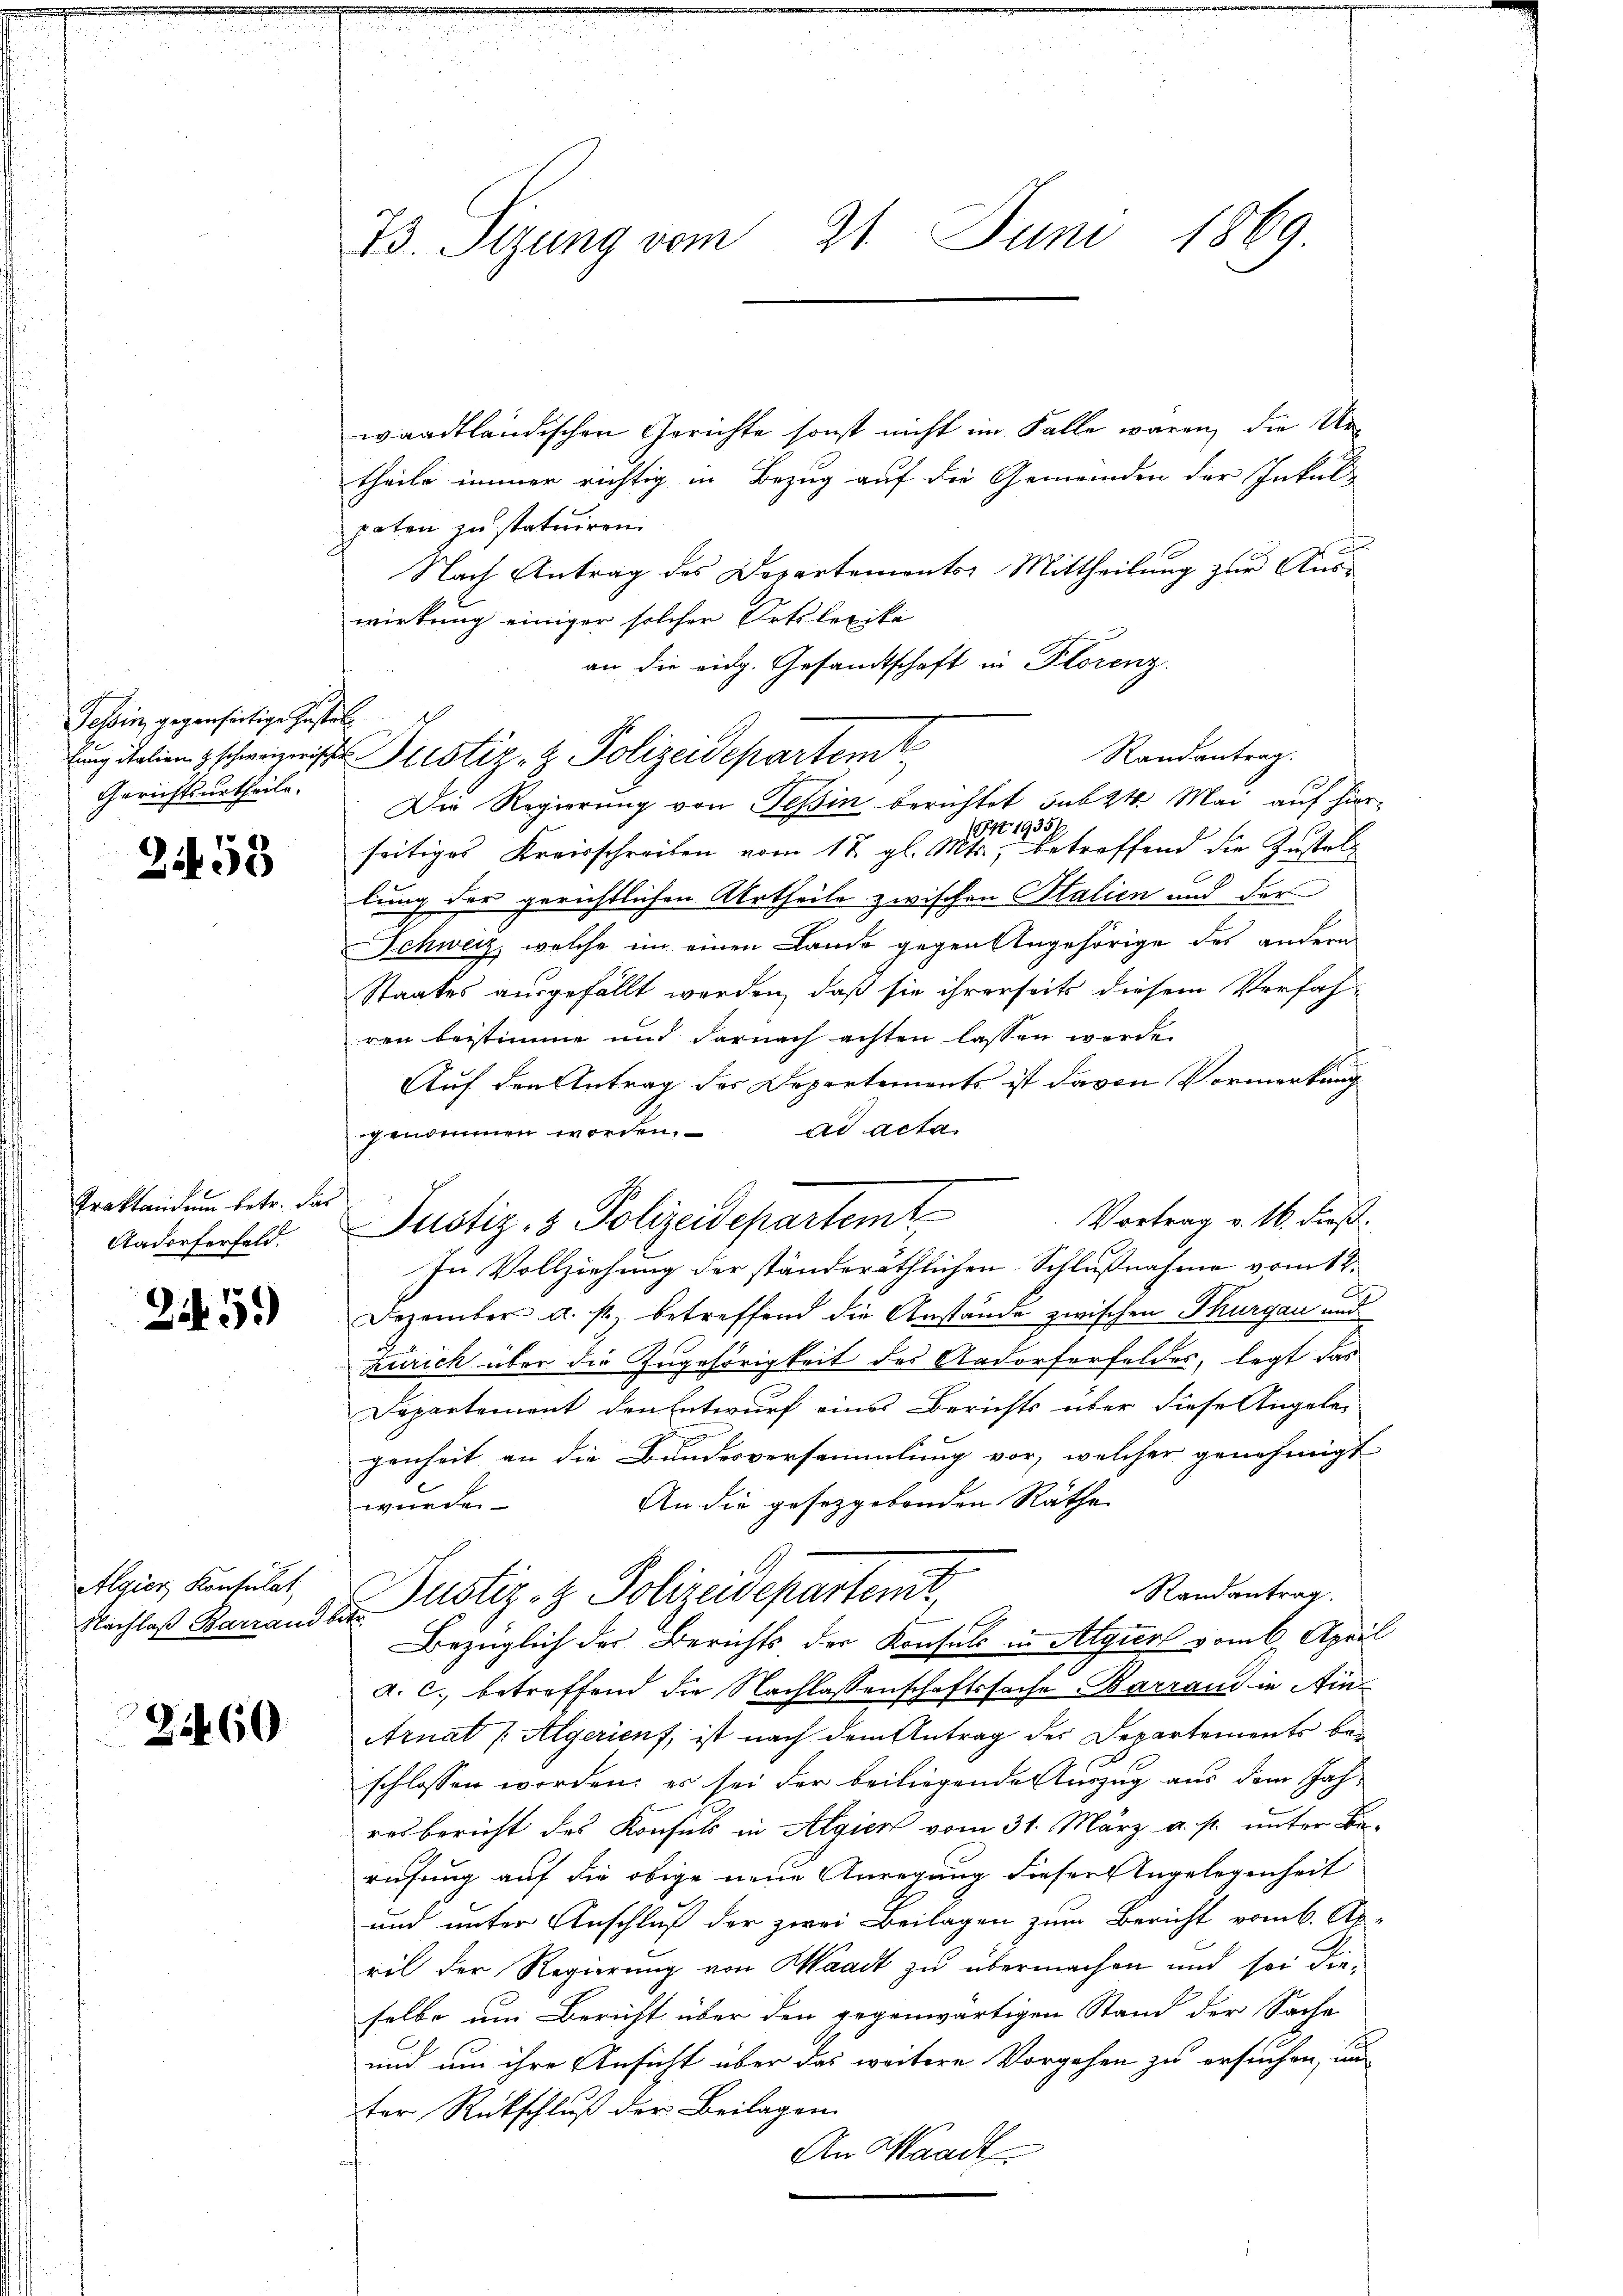
Tessin, gegenseitige Zustel
Gerichtsurtheile.

2153

Traktandum betr. das
Aadorferfeld.

245)

Algier Konsulat
Nachlaß Barrand betr.

2460

23. Sizung vom 21. Juni 1869

waadtländischen Gerichte sonst nicht im Falle waren, die Urtheile immer richtig in Bezug auf die Gemeinden der Inkul-
paten zu statuiren.
Nach Antrag des Departementor Mittheilung zur Aus-
wirkung einiger solcher Ortslexika
an die eidg. Gesandtschaft in Florenz.
lung ein schwiste Pustiz- & Polizeidepartemt
Die Regierung von Teßin berichtet sub 24. Mai auf hier¬
Ort. 19357
seitiges Kreisschreiben vom 17. gl. Mts., betreffend die Zustell
lung der gerichtlichen Urtheile zwischen Stalien und der
2
Schweiz, welche im einen Lande gegen Angehörige des andern
Staates ausgefällt werden, daß sie ihrerseits diesem Verfahren beistimme und darnach achten lassen werde.
Auf den Antrag des Departements ist davon Vormerkung
genommen worden. ad acta
Vortrag v. 16. dieß.
In Vollziehung der ständeräthlichen Schlußnahme vom 12.
C
Dezember a. s. betreffend die Anstände zwischen Thurgau und
zurich über die Zugehörigkeit des Aadorferfeldes, legt das
Departement den Entwurf eines Berichts über diese Angele
genheit an die Bundesversammlung vor, welcher genehmigt
An die gesetzgebenden Räthe
würde.
Randantrag.
Justiz- & Polizeidepartenir,
Bezüglich des Berichts der Konsuls in Algiert vom 6. April
a. c. betreffend die Nachlassenschaftssache Barrand in Ain¬
Arnat (Algerient, ist nach dem Antrag des Departements be-
schlossen worden; es sei der beiliegende Auszug aus dem Jah-
resbericht des Konsuls in Algien vom 31. März a. p. unter Be-
rufung auf die obige neue Anregung dieser Angelegenheit
und unter Anschluß der zwei Beilagen zum Bericht vom 6. Ap-
ril der Regierung von Waadt zu übermachen und sei die-
selbe um Bericht über den gegenwärtigen Stand der Sache
und um ihre Ansicht über das weitere Vorgehen zu ersuchen, und
ter Rückschluß der Beilagen.
An Waadt

Justiz- & Polizeidepartemt

Randantrag.